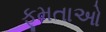
ફૂમતાઓ